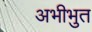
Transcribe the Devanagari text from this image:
अभीभुत